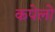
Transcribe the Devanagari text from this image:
कपेलो